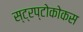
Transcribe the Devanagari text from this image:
स्ट्रप्टोकोकस